Annual report of the Prince of Wales Medical College, Patna
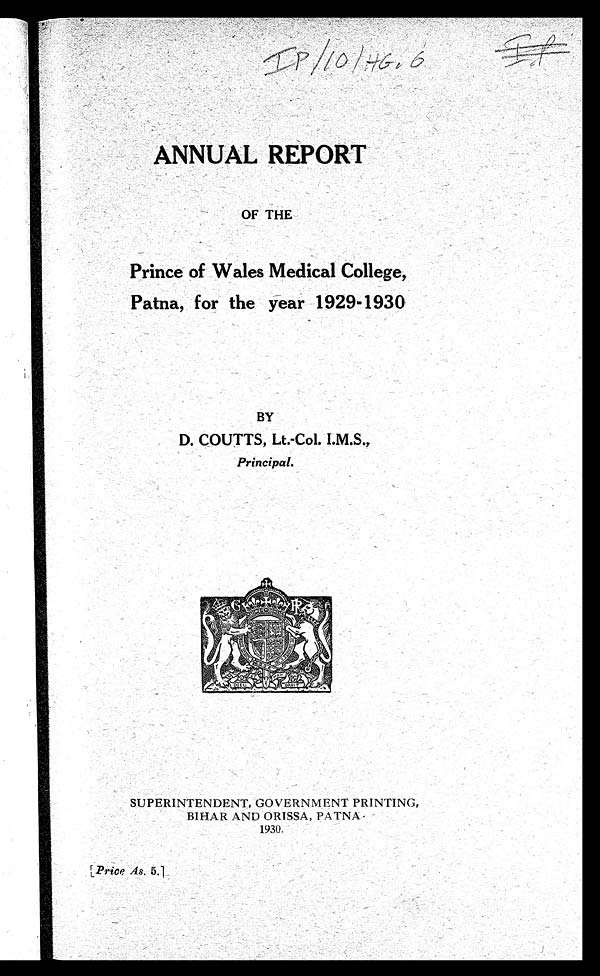
ANNUAL REPORT
OF THE
Prince of Wales Medical College,
Patna, for the year 1929-1930
BY
D. COUTTS, Lt.-Col. I.M.S.,
Principal.
SUPERINTENDENT, GOVERNMENT PRINTING,
BIHAR AND ORISSA, PATNA
.
1930.
[ Price As. 5 .]